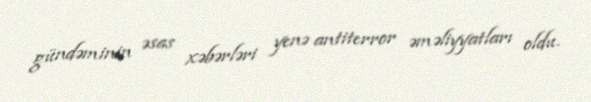
gündəminin əsas xəbərləri yenə antiterror əməliyyatları oldu.